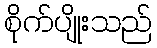
စိုက်ပျိုးသည်